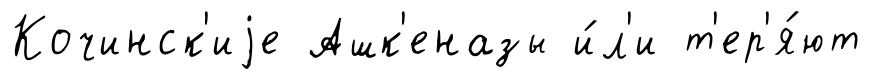
Кочинск'иjе Ашк'еназы и́л'и т'ер'я́ют